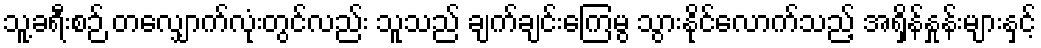
သူ့ခရီးစဉ် တလျှောက်လုံးတွင်လည်း သူသည် ချက်ချင်းကြေမွ သွားနိုင်လောက်သည့် အရှိန်နှုန်းများနှင့်